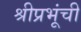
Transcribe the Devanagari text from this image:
श्रीप्रभूंची